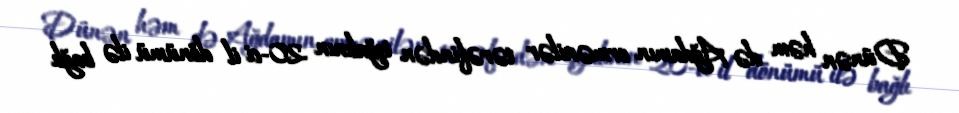
Dünən həm də Ağdamın ermənilər tərəfindən işğalının 20-ci il dönümü ilə bağlı